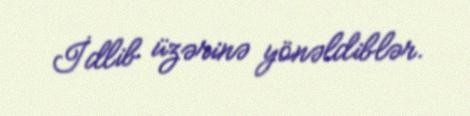
İdlib üzərinə yönəldiblər.